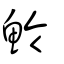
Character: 魿